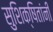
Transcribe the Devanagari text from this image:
सुशिक्षितांनी